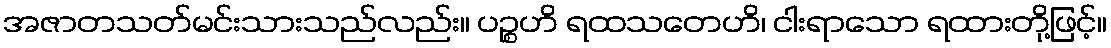
အဇာတသတ်မင်းသားသည်လည်း။ ပဉ္စဟိ ရထသတေဟိ၊ ငါးရာသော ရထားတို့ဖြင့်။